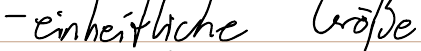
- einheitliche Größe